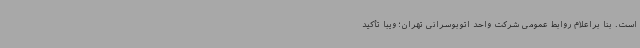
است. بنا براعلام روابط عمومی شرکت واحد اتوبوسرانی تهران؛ ویبا تأکید